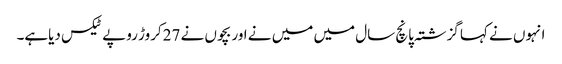
انہوں نے کہا گزشتہ پانچ سال میں میں نے اور بچوں نے 27کروڑ روپے ٹیکس دیاہے۔